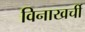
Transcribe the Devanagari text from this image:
विनाखर्ची